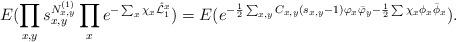
LaTeX: \begin{align*} E(\prod_{x,y} s_{x,y}^{N^{(1)}_{x,y}} \prod_x e^{-\sum_{x} \chi_{x} \hat{\mathcal{L}}_1^x})=E(e^{-\frac{1}{2}\sum_{x,y} C_{x,y}( s_{x,y}-1)\varphi_x \bar \varphi_y-\frac{1}{2}\sum \chi_{x}\phi_x \bar \phi_x}). \end{align*}